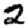
Digit: 2